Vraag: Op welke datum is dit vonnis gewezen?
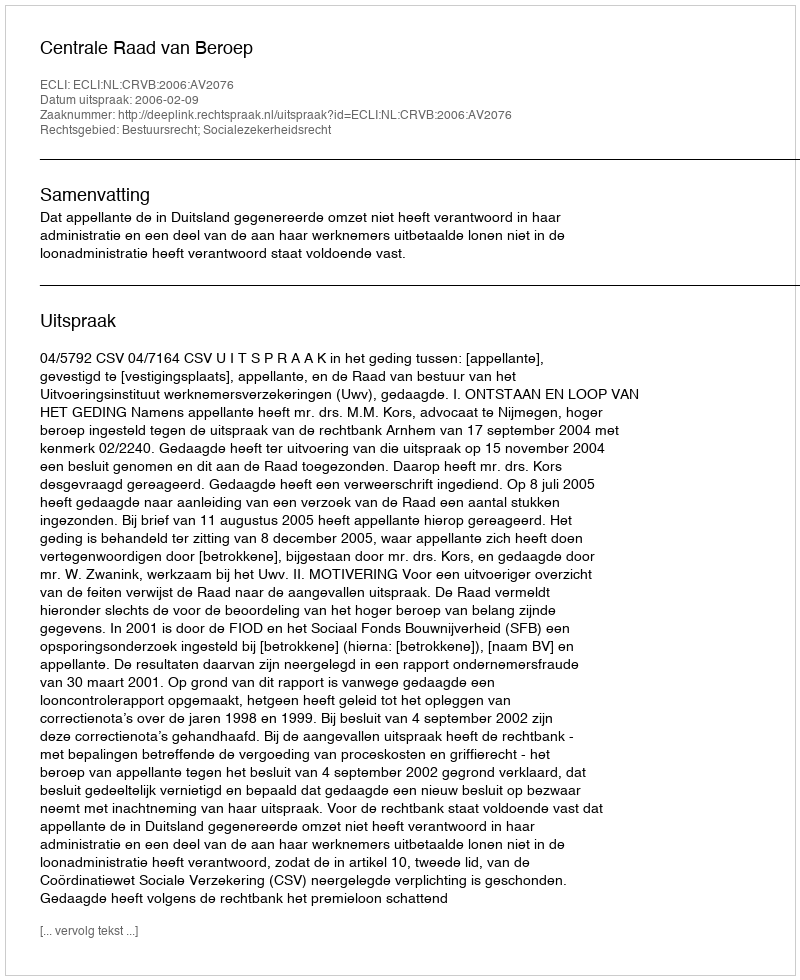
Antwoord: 2006-02-09